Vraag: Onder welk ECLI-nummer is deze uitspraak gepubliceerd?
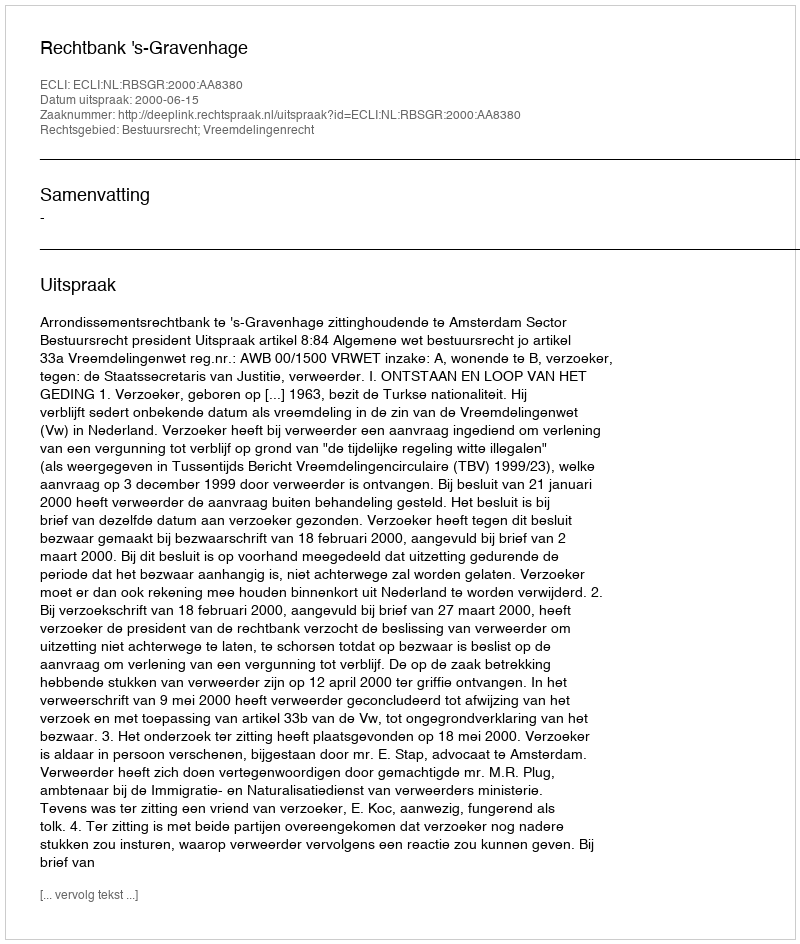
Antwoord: ECLI:NL:RBSGR:2000:AA8380